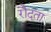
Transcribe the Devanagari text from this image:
रौदता